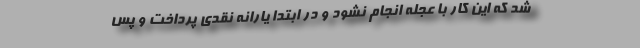
شد که این کار با عجله انجام نشود و در ابتدا یارانه نقدی پرداخت و پس‌